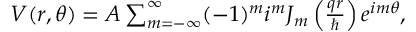
\begin{array} { r } { V ( r , \theta ) = A \sum _ { m = - \infty } ^ { \infty } ( - 1 ) ^ { m } i ^ { m } J _ { m } \left( \frac { q r } { \hbar } \right) e ^ { i m \theta } , } \end{array}